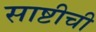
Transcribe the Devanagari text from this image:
साष्टीची